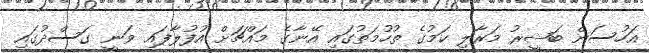
އަހުސަން ބަޝީރު މަރާލި ކަމުގެ ތުހުމަތުގައި އޭނާގެ މައްޗަށް އުފުލާފައި ވަނީ ގަސްދުގައި